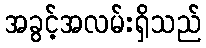
အခွင့်အလမ်းရှိသည်